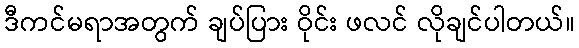
ဒီကင်မရာအတွက် ချပ်ပြား ဝိုင်း ဖလင် လိုချင်ပါတယ်။